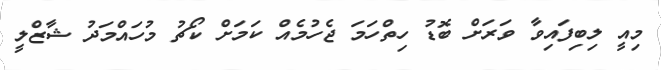
މިއީ ލިބިފައިވާ ވަރަށް ބޮޑު ހިތްހަމަ ޖެހުމެއް ކަމަށް ކޯޗު މުހައްމަދު ޝާޒްލީ